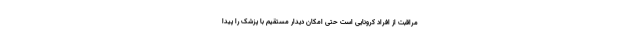
مراقبت از افراد کرونایی است حتی امکان دیدار مستقیم با پزشک را پیدا